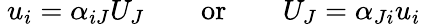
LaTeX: \ u_{i}=\alpha_{iJ}U_{J}\qquad{\mathrm{or}}\qquad U_{J}=\alpha_{Ji}u_{i}